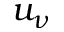
u _ { \nu }